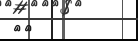
٣٢